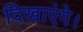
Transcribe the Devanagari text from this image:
दिखाएंगे।